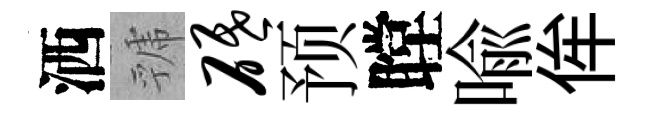
洒虢砥预瞠喩侔